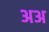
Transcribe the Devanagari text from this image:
अअ